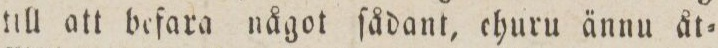
till att befara något ſådant, ehuru ännu åt=